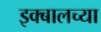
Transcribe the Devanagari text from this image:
इक्बालच्या